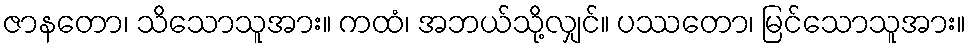
ဇာနတော၊ သိသောသူအား။ ကထံ၊ အဘယ်သို့လျှင်။ ပဿတော၊ မြင်သောသူအား။